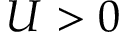
U > 0